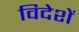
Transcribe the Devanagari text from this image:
विदेशें